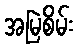
အမြဲစိမ်း